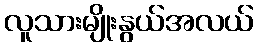
လူသားမျိုးနွယ်အလယ်